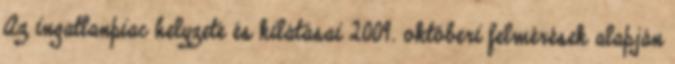
Az ingatlanpiac helyzete és kilátásai 2009. októberi felmérések alapján